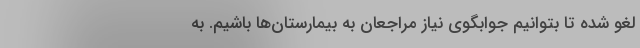
لغو شده تا بتوانیم جوابگوی نیاز مراجعان به بیمارستان‌ها باشیم. به